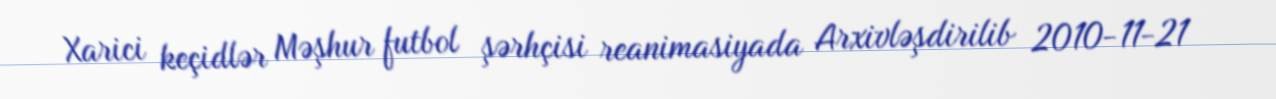
Xarici keçidlər Məşhur futbol şərhçisi reanimasiyada Arxivləşdirilib 2010-11-21